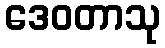
ဒေဝတာသု